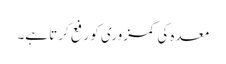
معدہ کی کمزوری کو رفع کرتا ہے۔